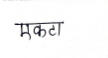
मजकूर: एकटा